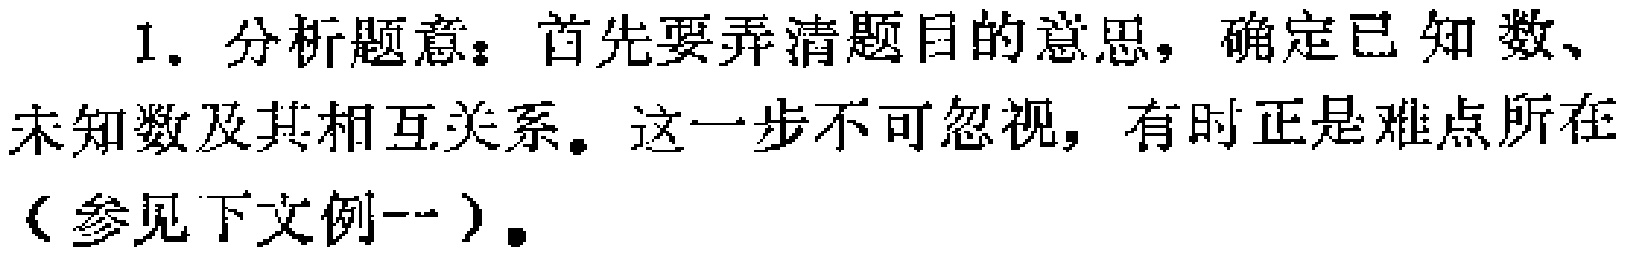
1. 分析题意：首先要弄清题目的意思，确定已知数、未知数及其相互关系。这一步不可忽视，有时正是难点所在（参见下文例一）。